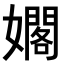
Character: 𪦫